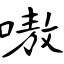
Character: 嗷